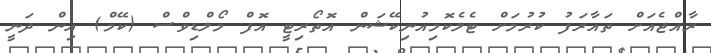
ރާއްޖެއަށް ތައާރަފު ކުރުމަށް ޓެލެކޮމިއުނިކޭޝަން އޮތޯރިޓީ އޮފް މޯލްޑިވްސް (ކޭމް) އިން ދަނީ